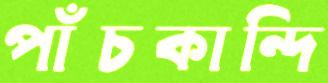
পাঁচকান্দি